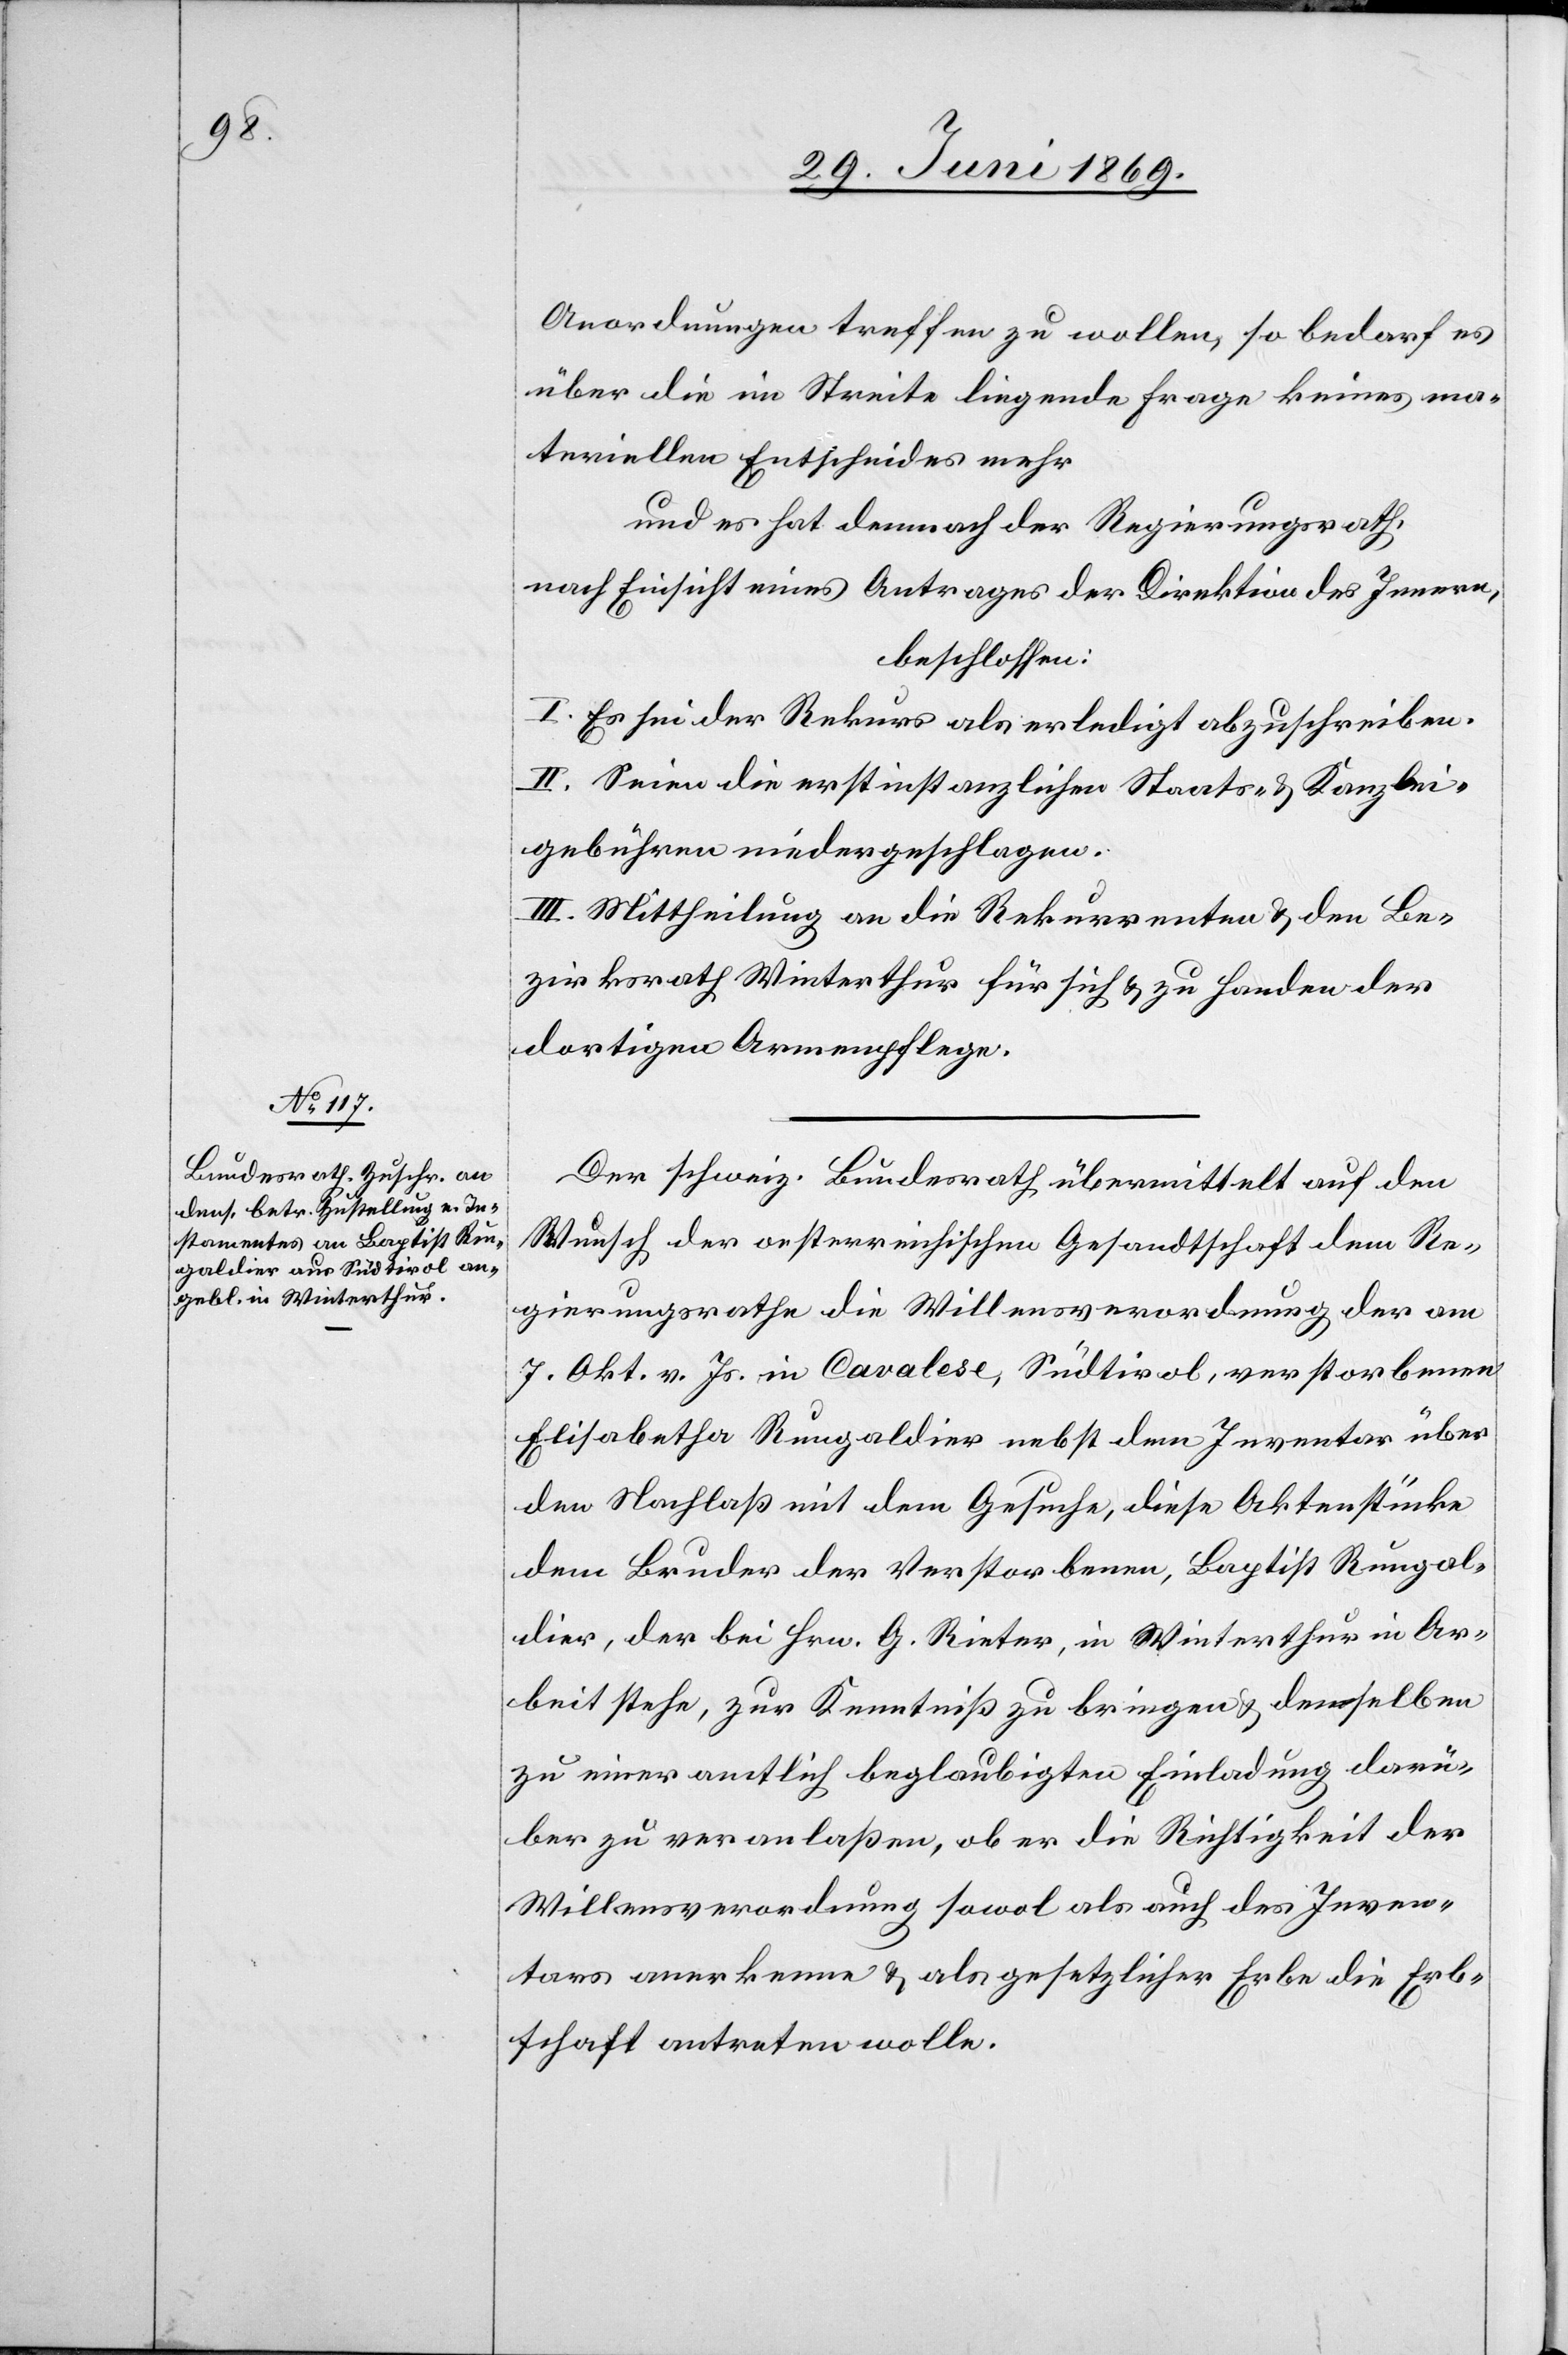
Anordnungen treffen zu wollen, so bedarf es
über die im Streite liegende Frage keines ma¬
teriellen Entscheides mehr
und es hat demnach der Regierungsrath,
nach Einsicht eines Antrages der Direktion des Innern,
beschlossen:
I. Es sei der Rekurs als erledigt abzuschreiben.
II. Seien die erstinstanzlichen Staats- u. Kanzlei¬
gebühren niedergeschlagen.
III. Mittheilung an die Rekurrenten u. den Be¬
zirksrath Winterthur für sich u. zu Handen der
dortigen Armenpflege.
Der schweiz. Bundesrath übermittelt auf den
Wunsch der oesterreichischen Gesandtschaft dem Re¬
gierungsrathe die Willensverordnung der am
7 Okt. v. Js. in Cavalese, Südtirol, verstorbenen
Elisabetha Rungaldier nebst dem Inventar über
den Nachlaß mit dem Gesuche, diese Aktenstücke
dem Bruder der Verstorbene, Baptist Rungal¬
dier, der bei Hrn. G. Rieter, in Winterthur in Ar¬
beit stehe, zur Kenntniß zu bringen u. denselben
zu einer amtlich beglaubigten Einladung darü¬
ber zu veranlaßen, ob er die Richtigkeit der
Willensverordnung sowol als auch des Inven¬
tars anerkenne u. als gesetzlicher Erbe die Erb¬
schaft antreten wolle.